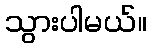
သွားပါမယ်။